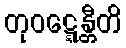
တုဝဋ္ဋေန္တီတိ